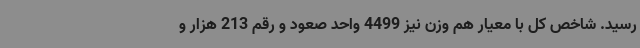
رسید. شاخص کل با معیار هم وزن نیز 4499 واحد صعود و رقم 213 هزار و